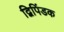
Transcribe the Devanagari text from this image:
द्विपिंडक